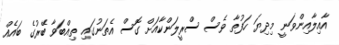
އާއިލާއިންވަނީ މިދިޔަ ހަފުތާ ވެސް ސްރީލަންކާއަށް ގޮސް އެތަނުގައި ތިއްބަވާ ބޭރުގެ ބައެއް